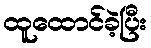
ထူထောင်ခဲ့ပြီး